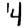
Digit: 4